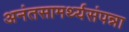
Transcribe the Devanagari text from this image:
अनंतसामर्थ्यसंपन्ना